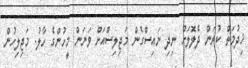
ޚިދުމަތް ކުރަން ދެލޮލަށް ނިދި ނައިސްގެން މަޖިލިސްއަށް ވަނަން މީހުންގެ ހާލު. މަޖިލިހުން